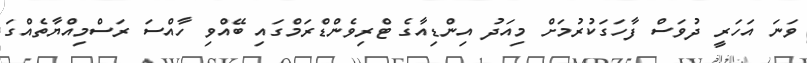
ވަނަ އަހަރީ ދުވަސް ފާހަގަކުރުމަށް މިއަދު އިންޑިއާގެ ޓްރިވެންޑްރަމްގައި ބޭއްވި ހާއްސަ ރަސްމިއްޔާތެއްގަ